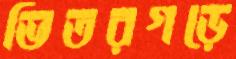
ভিতরগড়ে